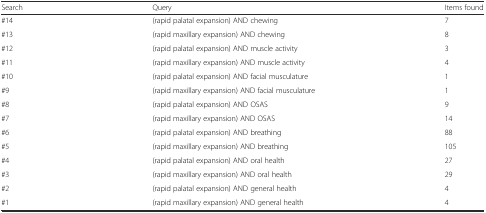
<table><thead><tr><td><b>Search</b></td><td><b>Query</b></td><td><b>Items found</b></td></tr></thead><tbody><tr><td>#14</td><td>(rapid palatal expansion) AND chewing</td><td>7</td></tr><tr><td>#13</td><td>(rapid maxillary expansion) AND chewing</td><td>8</td></tr><tr><td>#12</td><td>(rapid palatal expansion) AND muscle activity</td><td>3</td></tr><tr><td>#11</td><td>(rapid maxillary expansion) AND muscle activity</td><td>4</td></tr><tr><td>#10</td><td>(rapid palatal expansion) AND facial musculature</td><td>1</td></tr><tr><td>#9</td><td>(rapid maxillary expansion) AND facial musculature</td><td>1</td></tr><tr><td>#8</td><td>(rapid palatal expansion) AND OSAS</td><td>9</td></tr><tr><td>#7</td><td>(rapid maxillary expansion) AND OSAS</td><td>14</td></tr><tr><td>#6</td><td>(rapid palatal expansion) AND breathing</td><td>88</td></tr><tr><td>#5</td><td>(rapid maxillary expansion) AND breathing</td><td>105</td></tr><tr><td>#4</td><td>(rapid palatal expansion) AND oral health</td><td>27</td></tr><tr><td>#3</td><td>(rapid maxillary expansion) AND oral health</td><td>29</td></tr><tr><td>#2</td><td>(rapid palatal expansion) AND general health</td><td>4</td></tr><tr><td>#1</td><td>(rapid maxillary expansion) AND general health</td><td>4</td></tr></tbody></table>